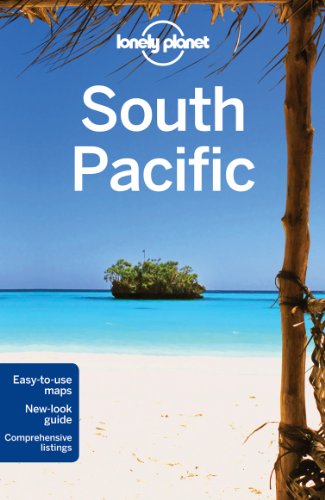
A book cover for Lonely Planet South Pacific (Travel Guide); Lonely Planet; Travel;